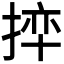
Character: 𪮊